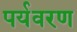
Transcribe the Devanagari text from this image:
पर्यवरण